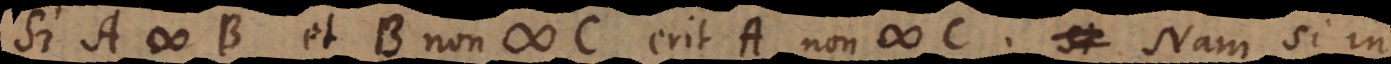
Si A # B et B non # C erit A non # C. Nam si in